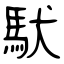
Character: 馱